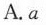
A. a